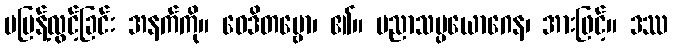
မပြန့်လွင့်ခြင်း အနက်ကို။ ဝေဒိတဗ္ဗော၊ ၏။ ပညာသမ္ပယောဂေန၊ အားဖြင့်။ ဒဿ